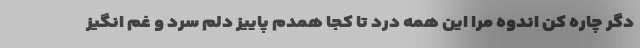
دگر چاره کن اندوه مرا این همه درد تا کجا همدم پاییز دلم سرد و غم انگیز